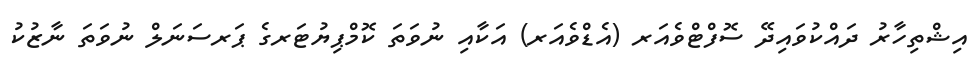
އިޝްތިހާރު ދައްކުވައިދޭ ސޮފްޓްވެއަރ (އެޑްވެއަރ) އަކާއި ނުވަތަ ކޮމްޕިޔުޓަރގެ ޕަރސަނަލް ނުވަތަ ނާޒުކު